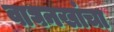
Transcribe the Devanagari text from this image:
वाघनखांचा